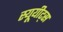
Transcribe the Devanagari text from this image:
स्यूयीट्स